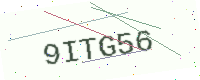
Text: 9ITG56